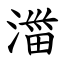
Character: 湽